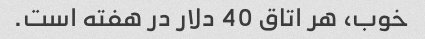
خوب، هر اتاق 40 دلار در هفته است.